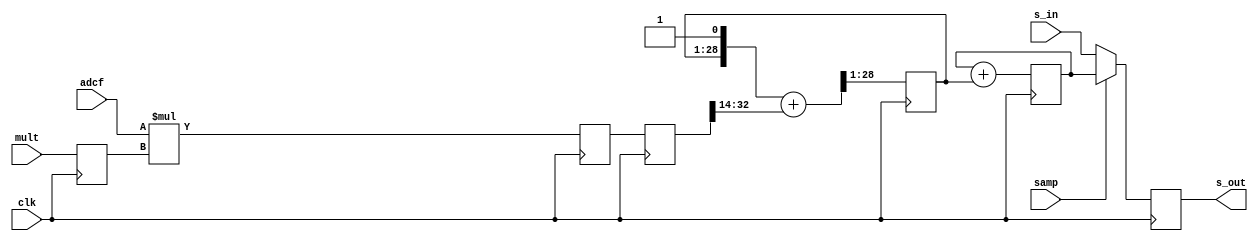
// XXX deprecated
`timescale 1ns / 1ns

module mon_chan(clk,adcf,mult,samp,s_in,s_out);
parameter dwi=16;  // data width
parameter rwi=28;  // result width
// Difference between above two widths should be N*log2 of the maximum number
// of samples per CIC sample, where N=2 is the order of the CIC filter.
	input clk;  // timespec 8.4 ns
	input signed [dwi-1:0] adcf;  // possibly muxed
	input signed [17:0] mult;
	input samp;
	input signed [rwi-1:0] s_in;
	output signed [rwi-1:0] s_out;

// adc value can be anything, including -F.S., but
// demand that multiplier is never -F.S., so there is
// an "extra" sign bit that can be ignored.
// Not a problem if we use the pi/4 value discussed in mon_1_tb

reg signed [17:0] mult_r=0;  // input register

reg signed [dwi+17:0] product1=0, product2=0;  // 16-bit x 18-bit = 34-bit
reg signed [rwi-1:0] int1=0, int2=0, s_r=0;
wire signed [18:0] product_out = product2[dwi+16:dwi-2]; // strip "extra" sign bit
reg ignore=0;
always @(posedge clk) begin
	mult_r <= mult;
	product1 <= adcf * mult_r;  // internal multiplier pipeline
	product2 <= product1;
	{int1,ignore} <= $signed({int1,1'b1}) + product_out;
	// int1 <= int1 + product_out;
	int2 <= int2 + int1;
	s_r <= samp ? int2 : s_in;
end
assign s_out = s_r;

endmodule